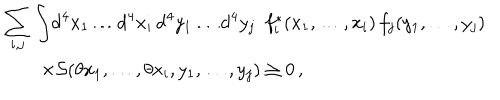
\begin{array} { l } { { \displaystyle \sum _ { i , j } \int \! \mathrm { d } ^ { 4 } x _ { 1 } \dots \mathrm { d } ^ { 4 } x _ { i } \, \mathrm { d } ^ { 4 } y _ { 1 } \dots \mathrm { d } ^ { 4 } y _ { j } \enspace f _ { i } ^ { \ast } ( x _ { 1 } , \dots , x _ { i } ) \, f _ { j } ( y _ { 1 } , \dots , y _ { j } ) } } \\ { { \qquad \times { \cal S } ( \theta x _ { 1 } , \dots , \theta x _ { i } , y _ { 1 } , \dots , y _ { j } ) \ge 0 \, , } } \\ \end{array}